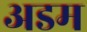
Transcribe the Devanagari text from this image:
अडम